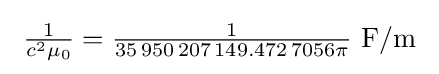
\ {\tfrac {1}{c^{2}\mu _{0}}}={\tfrac {1}{35\,950\,207\,149.472\,7056\pi }}{\text{ F/m}}\